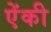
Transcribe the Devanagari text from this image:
ऐंकी